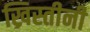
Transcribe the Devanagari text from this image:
ख्रिस्तीनी